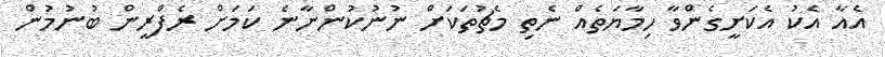
އެއާ އެކު އެކަށީގެންވާ ހިމާޔަތެއް ނެތި މެޗުތަކަށް ނުނުކުންނާނެ ކަމަށް ރެފްރީން ބުނުމުން